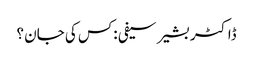
ڈاکٹر بشیر سیفی :کس کی جان ؟